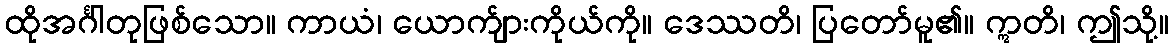
ထိုအင်္ဂါတုဖြစ်သော။ ကာယံ၊ ယောက်ျားကိုယ်ကို။ ဒေဿတိ၊ ပြတော်မူ၏။ ဣတိ၊ ဤသို့။